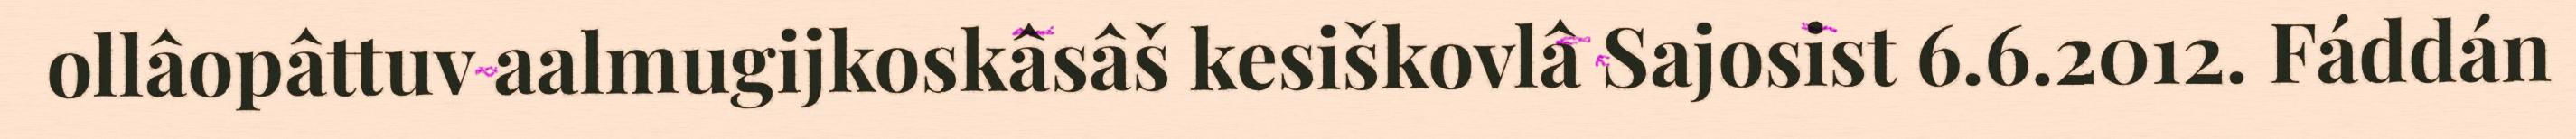
ollâopâttuv aalmugijkoskâsâš kesiškovlâ Sajosist 6.6.2012. Fáddán